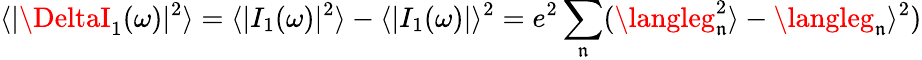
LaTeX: \langle|\DeltaI_{1}(\omega)|^{2}\rangle=\langle|I_{1}(\omega)|^{2}\rangle-\langle|I_{1}(\omega)|\rangle^{2}=e^{2}\sum_{\mathfrak{n}}(\langleg_{\mathfrak{n}}^{2}\rangle-\langleg_{\mathfrak{n}}\rangle^{2})